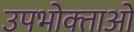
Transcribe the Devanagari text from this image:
उपभोक्‍ताओ